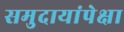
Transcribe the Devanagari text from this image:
समुदायांपेक्षा